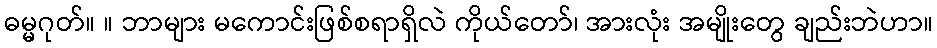
ဓမ္မဂုတ်။ ။ ဘာများ မကောင်းဖြစ်စရာရှိလဲ ကိုယ်တော်၊ အားလုံး အမျိုးတွေ ချည်းဘဲဟာ။